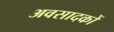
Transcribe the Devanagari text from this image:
अवसादकों